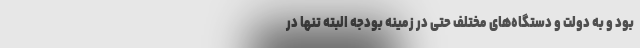
بود و به دولت و دستگاه‌های مختلف حتی در زمینه بودجه البته تنها در